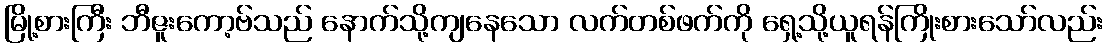
မြို့စားကြီး ဘီဇူးကော့ဗ်သည် နောက်သို့ကျနေသော လက်တစ်ဖက်ကို ရှေ့သို့ယူရန်ကြိုးစားသော်လည်း